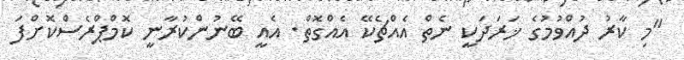
"މި ކާރު ދުއްވުމުގެ ޚަރަދަކީ ނެތް އެއްޗެކޭ އެއްގޮތް. އެއީ ބޭނުންކުރާނީ ކޮމްޕްރެސްކޮށްފަ